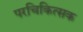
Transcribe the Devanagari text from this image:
परचिकित्सक